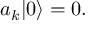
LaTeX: a _ { k } | 0 \rangle = 0 .